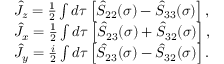
\begin{array} { r l } & { \hat { J } _ { z } = \frac { 1 } { 2 } \int d \tau \left[ \hat { S } _ { 2 2 } ( \sigma ) - \hat { S } _ { 3 3 } ( \sigma ) \right] , } \\ & { \hat { J } _ { x } = \frac { 1 } { 2 } \int d \tau \left[ \hat { S } _ { 2 3 } ( \sigma ) + \hat { S } _ { 3 2 } ( \sigma ) \right] , } \\ & { \hat { J } _ { y } = \frac { i } { 2 } \int d \tau \left[ \hat { S } _ { 2 3 } ( \sigma ) - \hat { S } _ { 3 2 } ( \sigma ) \right] . } \end{array}